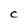
Character: c